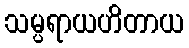
သမ္ပရာယဟိတာယ